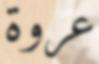
عروة